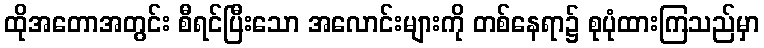
ထိုအတောအတွင်း စီရင်ပြီးသော အလောင်းများကို တစ်နေရာ၌ စုပုံထားကြသည်မှာ